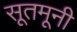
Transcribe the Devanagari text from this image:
सूतमूनी